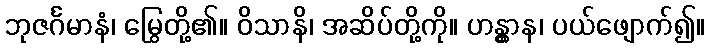
ဘုဇင်္ဂမာနံ၊ မြွေတို့၏။ ဝိသာနိ၊ အဆိပ်တို့ကို။ ဟန္တွာန၊ ပယ်ဖျောက်၍။